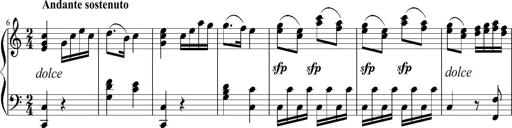
Title: 12 Sonatinas for Piano
Composer: Johann Baptist Vanhal